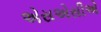
એસએસીએ